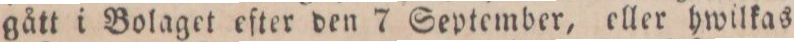
gått i Bolaget efter den 7 September, eller hwilkas